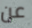
عن